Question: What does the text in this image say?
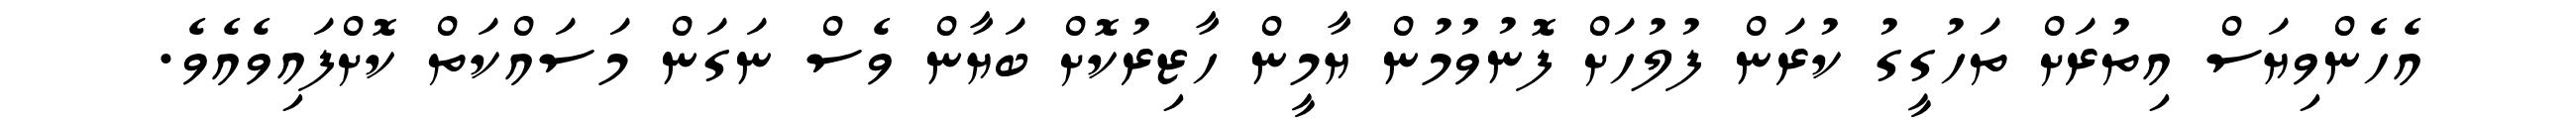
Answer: އެހެންވިޔަސް އިތުރަށް ތަހުގީގު ކުރަން ފުލުހަށް ފޮނުވުމުން ޔާމީން ހާޒިރުކޮށް ބަޔާން ވެސް ނަގަން މަސައްކަތް ކޮށްފައިވެއެވެ.